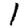
Digit: 1